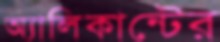
অ্যালিকান্টের